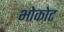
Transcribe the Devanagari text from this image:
भोकोट